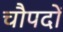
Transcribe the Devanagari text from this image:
चौपदों